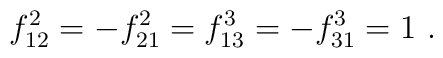
f_{12}^2 = -f_{21}^2 = f_{13}^3 = -f_{31}^3 = 1 \,\,.